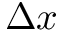
\Delta x